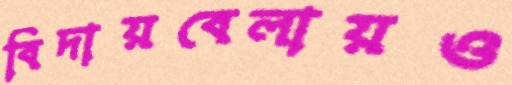
বিদায়বেলায়ও